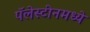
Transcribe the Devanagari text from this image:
पॅलेस्टीनमध्ये